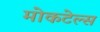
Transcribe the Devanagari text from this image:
मोकटेल्स